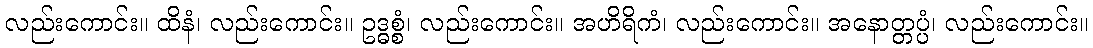
လည်းကောင်း။ ထိနံ၊ လည်းကောင်း။ ဥဒ္ဓစ္စံ၊ လည်းကောင်း။ အဟိရိကံ၊ လည်းကောင်း။ အနောတ္တပ္ပံ၊ လည်းကောင်း။